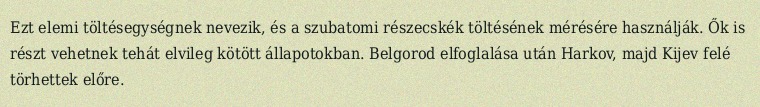
Ezt elemi töltésegységnek nevezik, és a szubatomi részecskék töltésének mérésére használják. Ők is részt vehetnek tehát elvileg kötött állapotokban. Belgorod elfoglalása után Harkov, majd Kijev felé törhettek előre.